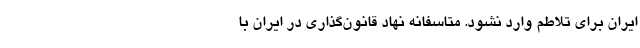
ایران برای تلاطم وارد نشود. متاسفانه نهاد قانون‌گذاری در ایران با